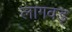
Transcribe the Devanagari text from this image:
लागवड्